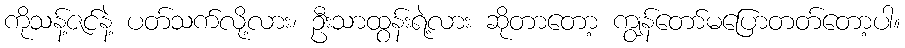
ကိုသန့်ဇင်နဲ့ ပတ်သက်လို့လား၊ ဦးသာထွန်းရဲ့လား ဆိုတာတော့ ကျွန်တော်မပြောတတ်တော့ပါ။